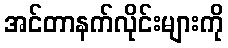
အင်တာနက်လိုင်းများကို